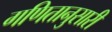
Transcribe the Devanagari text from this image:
गणितानुसारी